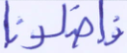
فأضلونا